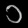
Digit: ၁